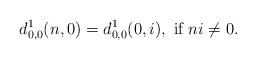
LaTeX: \begin{align*}d^1_{0,0}(n,0)=d^1_{0,0}(0,i),\mbox{ if }ni\ne 0.\end{align*}